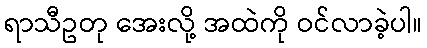
ရာသီဥတု အေးလို့ အထဲကို ဝင်လာခဲ့ပါ။